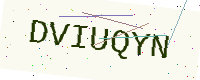
Text: DVIUQYN